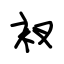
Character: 衩